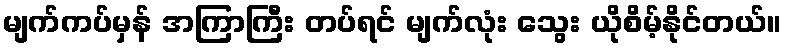
မျက်ကပ်မှန် အကြာကြီး တပ်ရင် မျက်လုံး သွေး ယိုစိမ့်နိုင်တယ်။